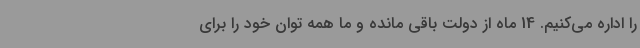
را اداره می‌کنیم. 14 ماه از دولت باقی مانده و ما همه توان خود را برای